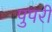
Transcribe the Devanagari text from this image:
पुपरी